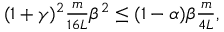
\begin{array} { r } { ( 1 + \gamma ) ^ { 2 } \frac { m } { 1 6 L } \beta ^ { 2 } \leq ( 1 - \alpha ) \beta \frac { m } { 4 L } , } \end{array}